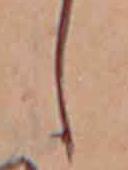
し